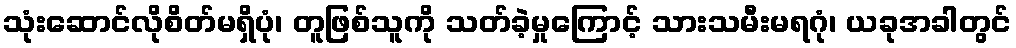
သုံးဆောင်လိုစိတ်မရှိပုံ၊ တူဖြစ်သူကို သတ်ခဲ့မှုကြောင့် သားသမီးမရဂုံ၊ ယခုအခါတွင်